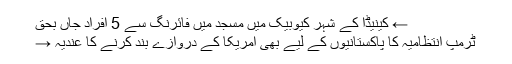
← کینیڈا کے شہر کیوبیک میں مسجد میں فائرنگ سے 5 افراد جاں بحق
ٹرمپ انتظامیہ کا پاکستانیوں کے لیے بھی امریکا کے دروازے بند کرنے کا عندیہ →